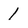
Character: 1